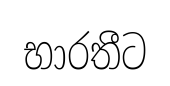
භාරතීට